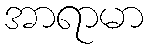
အာရာမာ